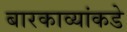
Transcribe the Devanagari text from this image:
बारकाव्यांकडे